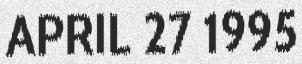
APRIL 27 1995